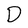
Character: D